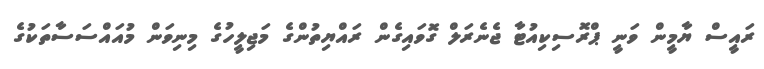
ރައީސް ޔާމީން ވަނީ ޕްރޮސިކިއުޓާ ޖެނެރަލް ގޮވައިގެން ރައްޔިތުންގެ މަޖިލީހުގެ މިނިވަން މުއައްސަސާތަކުގެ